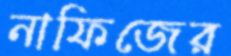
নাফিজের